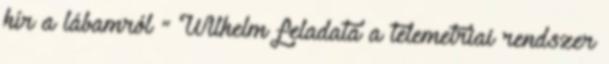
hír a lábamról ” Wilhelm feladata a telemetriai rendszer